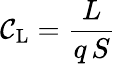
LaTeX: \mathcal{C}_{\mathrm{{L}}}={\frac{{L}}{{q\, S}}}